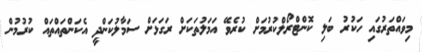
މިވައްތަރުގައި ހަކުރު ބަލި ކޮންޓްރޯލްކުރުމަށް ކުރެވޭ އަމަލުތަކަށް ރަގަޅަށް ސަމާލުކަންދީ އެކަންތައްތައް ކުރުމުން